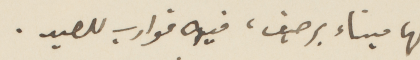
لها ميناء برصيف، فيه قوارب للصيد.